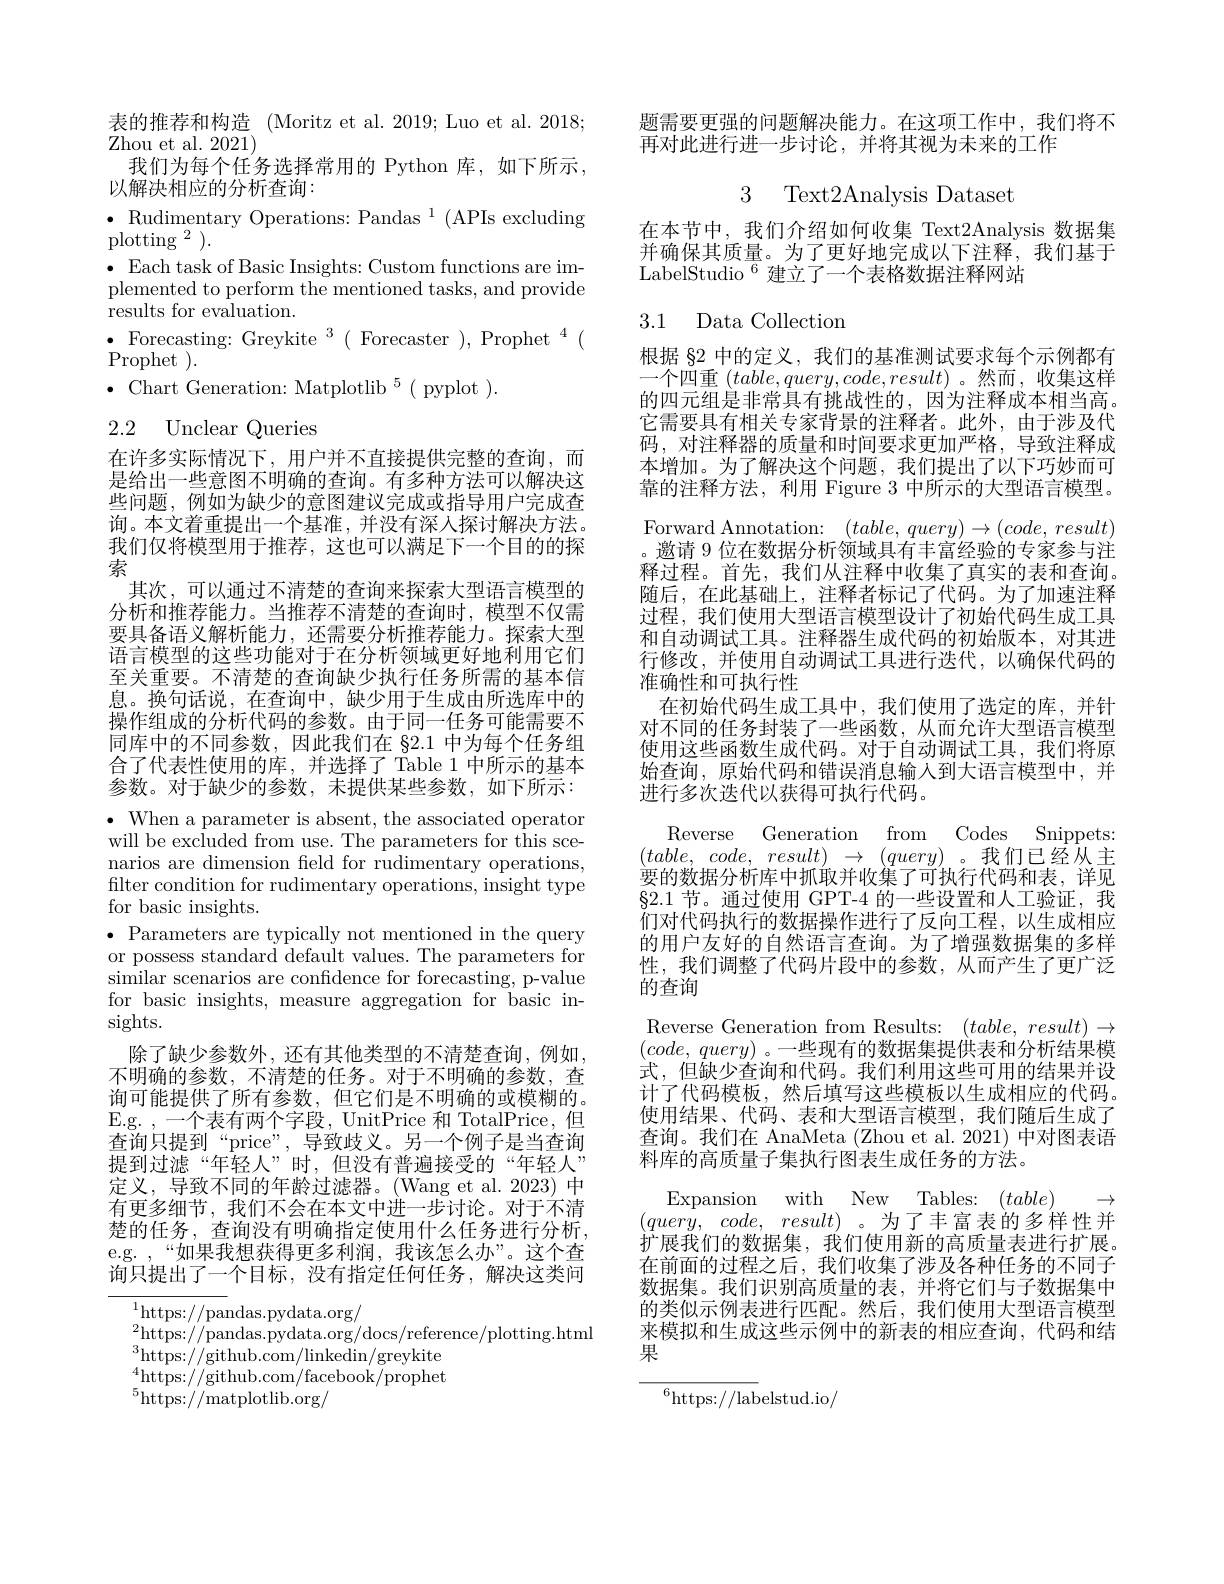
表的推荐和构造 (Moritz et al.2019; Luo et al. 2018;
Zhou et al. 2021)
我们为每个任务选择常用的 Python 库，如下所示，
以解决相应的分析查询：
$\bullet$ Rudimentary Operations: Pandas $^1($APIs excluding
$\mathrm{plotting~}^{2}).$
$\bullet$ Each task of Basic Insights: Custom functions are implemented to perform the mentioned tasks, and provide results for evaluation.
$\bullet$ Forecasting: Greykite $^3($Forecaster$) , \text{Prophet}^4($
$\operatorname { Prophet}$ ).
$\bullet$Chart Generation: Matplotlib$^5($pyplot).

# 2.2 Unclear Queries

在许多实际情况下，用户并不直接提供完整的查询，而是给出一些意图不明确的查询。有多种方法可以解决这些问题，例如为缺少的意图建议完成或指导用户完成查询。本文着重提出一个基准，并没有深人探讨解决方法。我们仅将模型用于推荐，这也可以满足下一个目的的探索
其次，可以通过不清楚的查询来探索大型语言模型的分析和推荐能力。当推荐不清楚的查询时，模型不仅需要具备语义解析能力，还需要分析推荐能力。探索大型语言模型的这些功能对于在分析领域更好地利用它们至关重要。不清楚的查询缺少执行任务所需的基本信息。换句话说，在查询中，缺少用于生成由所选库中的操作组成的分析代码的参数。由于同一任务可能需要不同库中的不同参数，因此我们在 §2.1 中为每个任务组合了代表性使用的库，并选择了 Table 1 中所示的基本参数。对于缺少的参数，未提供某些参数，如下所示： $\bullet$ When a parameter is absent, the associated operator

will be excluded from use. The parameters for this scenarios are dimension feld for rudimentary operations, filter condition for rudimentary operations, insight type for basic insights.
$\bullet$ Parameters are typically not mentioned in the query or possess standard default values. The parameters for ${\mathrm{similar~scenarios~are~confidence~for~forecasting,~p-value}}$ for basic insights, measure aggregation for basic insights.
除了缺少参数外，还有其他类型的不清楚查询，例如不明确的参数，不清楚的任务。对于不明确的参数，查询可能提供了所有参数，但它们是不明确的或模糊的。E.g. , 一个表有两个字段，UnitPrice 和 TotalPrice, 但查询只提到“price”,导致歧义。另一个例子是当查询提到过滤“年轻人”时，但没有普遍接受的“年轻人” 定义，导致不同的年龄过滤器。(Wang et al.2023)中有更多细节，我们不会在本文中进一步讨论。对于不清楚的任务，查询没有明确指定使用什么任务进行分析， e.g. ,“如果我想获得更多利润，我该怎么办”。这个查询只提出了一个目标，没有指定任何任务，解决这类问
$^{1}$https://pandas.pydata.org/
$^{2}$https://pandas.pydata.org/docs/reference/plotting.html
$^{3}$https://github.com/linkedin/greykite

$^4$https://github.com/facebook/prophet
$^{5}$https://matplotlib.org/

题需要更强的问题解决能力。在这项工作中，我们将不
再对此进行进一步讨论，并将其视为未来的工作

3 Text2Analysis Dataset

在本节中，我们介绍如何收集 Text2Analysis 数据集并确保其质量。为了更好地完成以下注释，我们基于LabelStudio$^{6}$建立了一个表格数据注释网站

# 3.1 Data Collection

根据 82 中的定义，我们的基准测试要求每个示例都有一个四重$(table,query,code,result)$。然而，收集这样的四元组是非常具有挑战性的，因为注释成本相当高。它需要具有相关专家背景的注释者。此外，由于涉及代码，对注释器的质量和时间要求更加严格，导致注释成本增加。为了解决这个问题，我们提出了以下巧妙而可靠的注释方法，利用 Figure 3 中所示的大型语言模型。Forward Annotation: $(table,query)\to(code,result)$ 。邀请 9 位在数据分析领域具有丰富经验的专家参与注释过程。首先，我们从注释中收集了真实的表和查询。随后，在此基础上，注释者标记了代码。为了加速注释过程，我们使用大型语言模型设计了初始代码生成工具和自动调试工具。注释器生成代码的初始版本，对其进行修改，并使用自动调试工具进行迭代，以确保代码的准确性和可执行性
在初始代码生成工具中，我们使用了选定的库，并针对不同的任务封装了一些函数，从而允许大型语言模型使用这些函数生成代码。对于自动调试工具，我们将原始查询，原始代码和错误消息输入到大语言模型中，并进行多次迭代以获得可执行代码。

from Codes Snippets:
Reverse Generation
$( table$, $code$, $result)$ $\to$ $( query)$。我们已经从主要的数据分析库中抓取并收集了可执行代码和表，详见$\S2.1$节。通过使用 GPT-4 的一些设置和人工验证，我们对代码执行的数据操作进行了反向工程，以生成相应的用户友好的自然语言查询。为了增强数据集的多样性，我们调整了代码片段中的参数，从而产生了更广泛的查询
Reverse Generation from Results: $(table,result)\to$ $(code,query)$。一些现有的数据集提供表和分析结果模式，但缺少查询和代码。我们利用这些可用的结果并设计了代码模板，然后填写这些模板以生成相应的代码。使用结果、代码、表和大型语言模型，我们随后生成了查询。我们在 AnaMeta (Zhou et al. 2021) 中对图表语料库的高质量子集执行图表生成任务的方法。
with New Tables: $( table)$ $\to$
$\operatorname{Expansion}$
$( query$, $code$, $result)$ $。为 了 丰 富 表 的 多 样 性 并$ 扩展我们的数据集，我们使用新的高质量表进行扩展。在前面的过程之后，我们收集了涉及各种任务的不同子数据集。我们识别高质量的表，并将它们与子数据集中的类似示例表进行匹配。然后，我们使用大型语言模型来模拟和生成这些示例中的新表的相应查询，代码和结果
${^{6}\mathrm{https:}//\mathrm{lab}}$elstud.io/